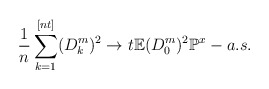
\begin{align*}\frac{1}{n}\sum_{k=1}^{[nt]}(D_{k}^{m})^{2}\rightarrow t\mathbb{E}(D_{0}^{m})^{2}\mathbb{P}^{x}-a.s. \end{align*}